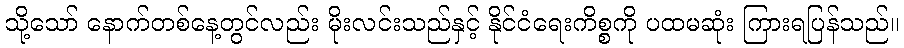
သို့သော် နောက်တစ်နေ့တွင်လည်း မိုးလင်းသည်နှင့် နိုင်ငံရေးကိစ္စကို ပထမဆုံး ကြားရပြန်သည်။